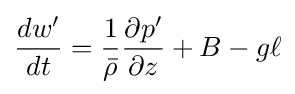
{dw^{\prime } \over dt}={1 \over {\bar {\rho }}}{\partial p^{\prime } \over \partial z}+B-g\ell